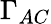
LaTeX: \Gamma_{AC}